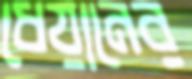
ধেয়ানের